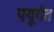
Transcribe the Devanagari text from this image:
पयूगेत